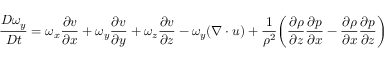
\frac { D \omega _ { y } } { D t } = \omega _ { x } \frac { \partial v } { \partial x } + \omega _ { y } \frac { \partial v } { \partial y } + \omega _ { z } \frac { \partial v } { \partial z } - \omega _ { y } ( \boldsymbol { \nabla \cdot u } ) + \frac { 1 } { \rho ^ { 2 } } \bigg ( \frac { \partial \rho } { \partial z } \frac { \partial p } { \partial x } - \frac { \partial \rho } { \partial x } \frac { \partial p } { \partial z } \bigg )